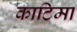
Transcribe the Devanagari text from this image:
काटिमा